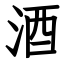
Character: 酒